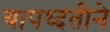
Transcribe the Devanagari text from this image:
यापध्दतीने